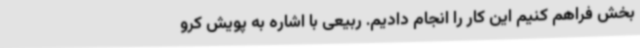
بخش فراهم کنیم این کار را انجام دادیم. ربیعی با اشاره به پویش کرو